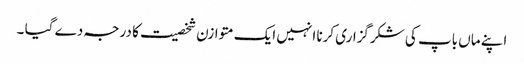
اپنے ماں باپ کی شکرگزاری کرنا انہیں ایک متوازن شخصیت کا درجہ دے گیا ۔